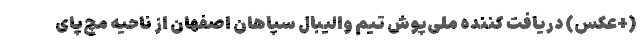
(+عکس) دریافت کننده ملی‌پوش تیم ‌والیبال سپاهان اصفهان از ناحیه مچ‌پای